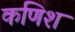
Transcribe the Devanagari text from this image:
कणिश